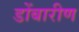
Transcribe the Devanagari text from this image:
डोंबारीण